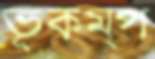
ভূকম্প